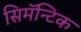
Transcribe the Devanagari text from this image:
सिमॅन्टिक